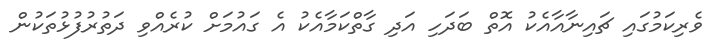
ވެރިކަމުގައި ޗައިނާއާއެކު އޮތް ބަދަހި އަދި ގާތްކަމާއެކު އެ ގައުމަށް ކުރެއްވި ދަތުރުފުޅުތަކުން